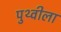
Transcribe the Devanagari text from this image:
पुथ्वीला